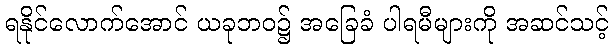
ရနိုင်လောက်အောင် ယခုဘဝ၌ အခြေခံ ပါရမီများကို အဆင်သင့်